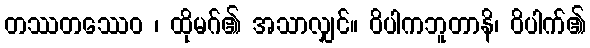
တဿတဿေဝ ၊ ထိုမဂ်၏ အသာလျှင်။ ဝိပါကဘူတာနိ၊ ဝိပါက်၏